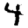
Digit: 4